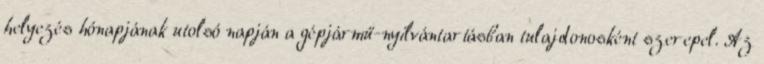
helyezés hónapjának utolsó napján a gépjármű-nyilvántartásban tulajdonosként szerepel. Az